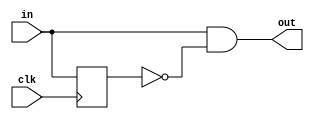
module onePulse(clk, in, out);
    input clk;
    input in;
    output out;
    
    reg delay;
    
    always @ (posedge clk) begin
        delay <= in;
    end
    
    assign out = in & ~delay;    
endmodule